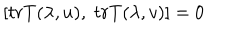
\left[ t r T ( \lambda , u ) , \; t r T ( \lambda , v ) \right] = 0